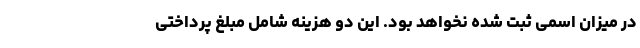
در میزان اسمی ثبت شده نخواهد بود. این دو هزینه شامل مبلغ پرداختی